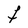
Character: F